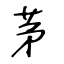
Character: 茅